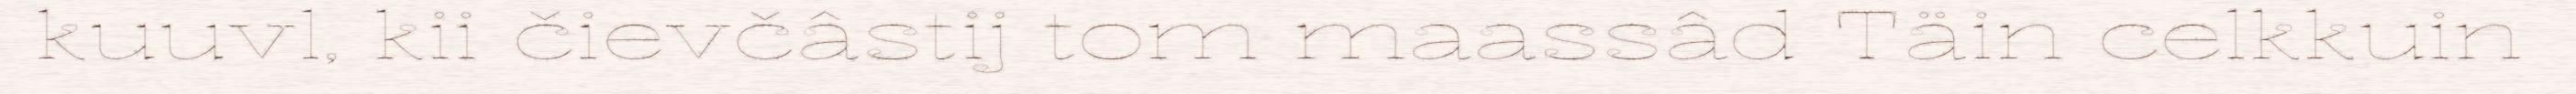
kuuvl, kii čievčâstij tom maassâd Täin celkkuin